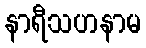
နာရီသဟနာမ